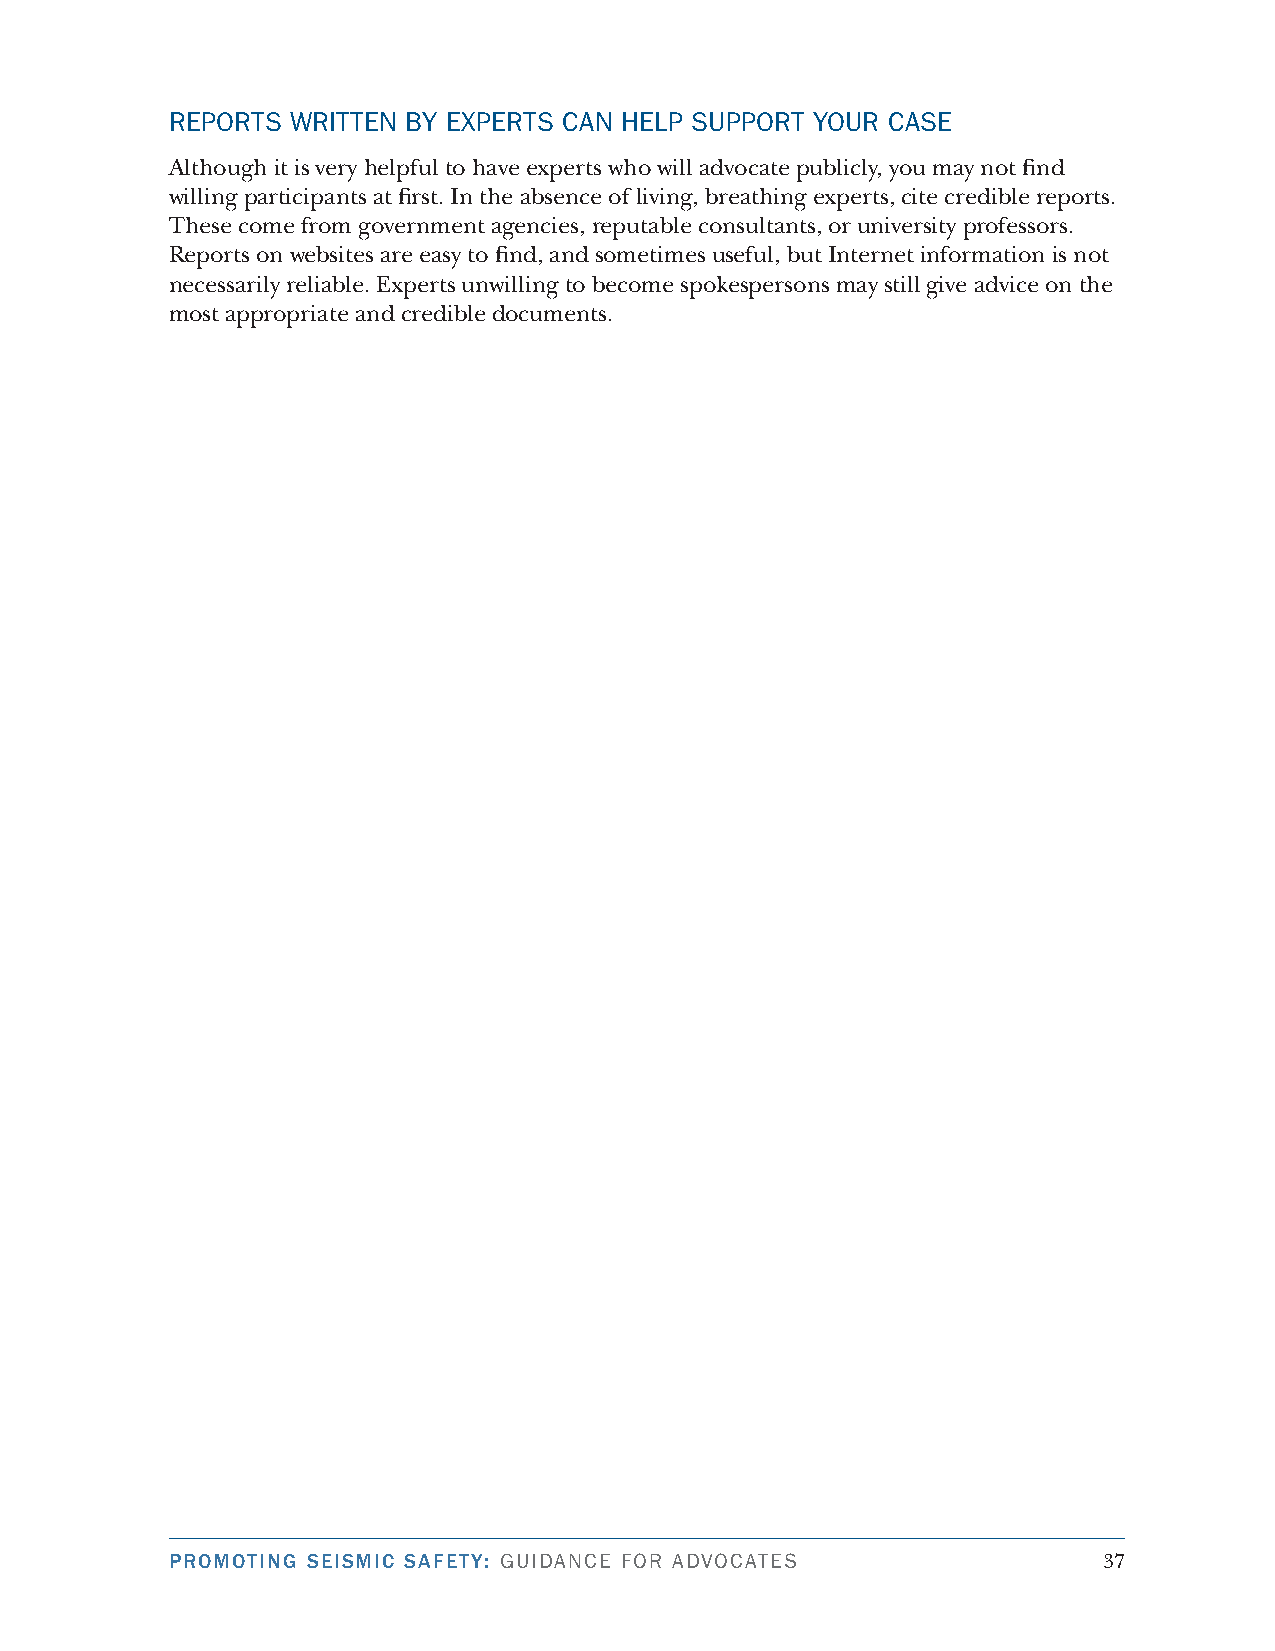
rePorts Written bY exPerts cAn HeLP suPPort Your cAse
 Although it is very helpful to have experts who will advocate publicly, you may not find
 willing participants at first. In the absence of living, breathing experts, cite credible reports.
 These come from government agencies, reputable consultants, or university professors.
 Reports on websites are easy to find, and sometimes useful, but Internet information is not
 necessarily reliable. Experts unwilling to become spokespersons may still give advice on the
 most appropriate and credible documents.
 PROMOTING SEISMIC SAFETY: GuidAnce for AdvocAtes              3